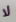
لا